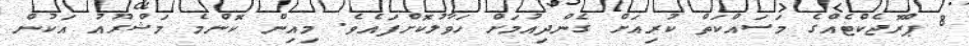
8 ޕްރޮޖެކްޓެއްގެ މަސައްކަތް ކުރިއަށް ގެންދިއުމަށް ހަވާލުކޮށްފައެވެ. މިއިން ކޮންމެ މަޝްރޫއު އަކުން